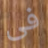
فى